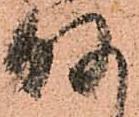
何